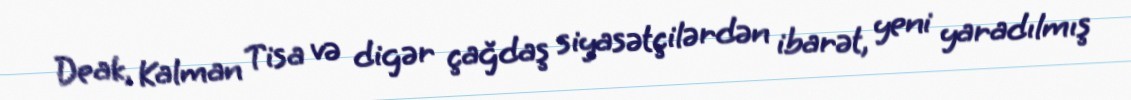
Deak, Kalman Tisa və digər çağdaş siyasətçilərdən ibarət, yeni yaradılmış